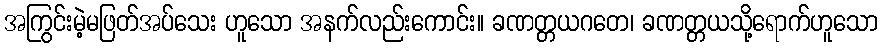
အကြွင်းမဲ့မဖြတ်အပ်သေး ဟူသော အနက်လည်းကောင်း။ ခဏတ္တယဂတေ၊ ခဏတ္တယသို့ရောက်ဟူသော